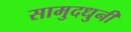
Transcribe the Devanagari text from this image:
सामुदधुनी